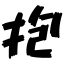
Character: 抱